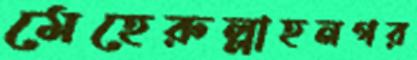
মেহেরুল্লাহনগর